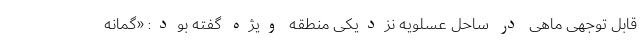
قابل توجهی ماهی در ساحل عسلویه نزدیکی منطقه ویژه گفته بود: «گمانه